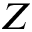
Z